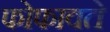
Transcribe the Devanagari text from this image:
फोफावते